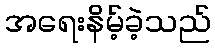
အရေးနိမ့်ခဲ့သည်